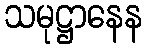
သမုဋ္ဌာနေန